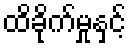
ထိခိုက်မှုနှင့်